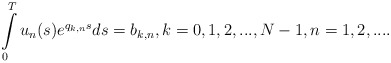
\begin{align*}\int\limits_0^Tu_n(s)e^{q_{k,n}s}ds=b_{k,n},k=0,1,2,...,N-1,n=1,2,....\end{align*}